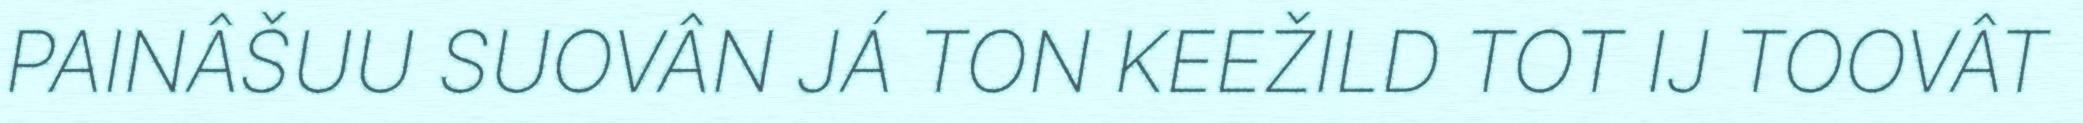
PAINÂŠUU SUOVÂN JÁ TON KEEŽILD TOT IJ TOOVÂT